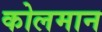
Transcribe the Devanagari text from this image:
कोलमान